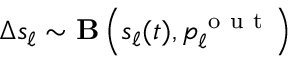
\Delta s _ { \ell } \sim { \bf B } \left( s _ { \ell } ( t ) , p _ { \ell } ^ { \mathrm { ~ o ~ u ~ t ~ } } \right)